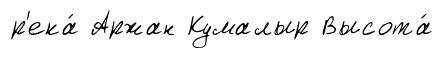
р'ека́ Аржан Кумалыр Высота́